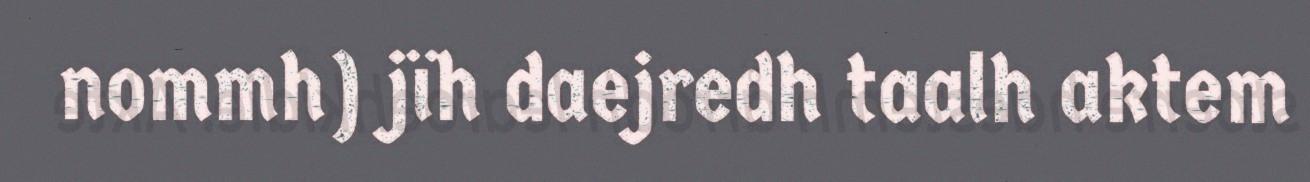
nommh) jïh daejredh taalh aktem